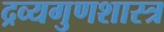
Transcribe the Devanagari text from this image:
द्रव्यगुणशास्त्र